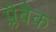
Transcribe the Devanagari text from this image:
प्लैबैक